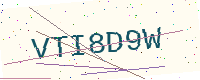
Text: VTI8D9W